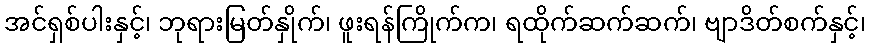
အင်ရှစ်ပါးနှင့်၊ ဘုရားမြတ်နှိုက်၊ ဖူးရန်ကြိုက်က၊ ရထိုက်ဆက်ဆက်၊ ဗျာဒိတ်စက်နှင့်၊